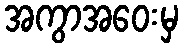
အကွာအဝေးမှ